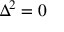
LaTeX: \Delta ^ { 2 } = 0